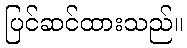
ပြင်ဆင်ထားသည်။